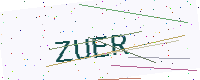
Text: ZUER